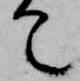
て